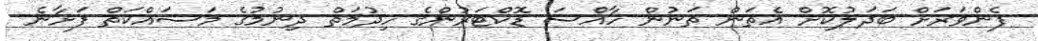
ފެންވަރަށް ބަދަލުކޮށް އެތަން ތަނުން ހާއްސަ ޑޮކްޓަރުންގެ ހިދުމަތް ދިނުމުގެ މަސައްކަތް ފަށާނެ